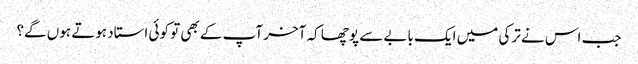
جب اس نے ترکی میں ایک بابے سے پوچھا کہ آخر آپ کے بھی تو کوئی استاد ہوتے ہوں گے؟